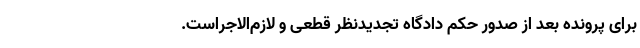
برای پرونده بعد از صدور حکم دادگاه تجدیدنظر قطعی و لازم‌الاجراست.